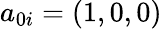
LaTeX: a_{0i}=(1,0,0)